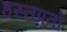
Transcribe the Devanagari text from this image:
हस्तप्रतों